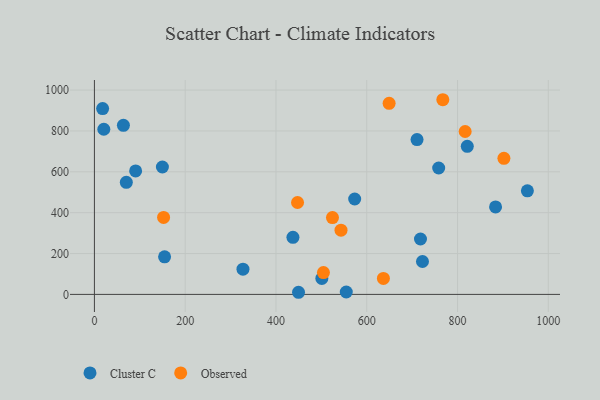
{"axis": {"x": "Distance", "y": "Demand"}, "legend": ["Cluster C", "Observed"], "data": [{"x": "70.3", "y": 548.6, "type": "Cluster C"}, {"x": "90.8", "y": 604.5, "type": "Cluster C"}, {"x": "821.5", "y": 724.7, "type": "Cluster C"}, {"x": "718.4", "y": 271.0, "type": "Cluster C"}, {"x": "953.9", "y": 506.8, "type": "Cluster C"}, {"x": "758.5", "y": 618.5, "type": "Cluster C"}, {"x": "154.6", "y": 183.9, "type": "Cluster C"}, {"x": "554.9", "y": 11.8, "type": "Cluster C"}, {"x": "437.4", "y": 279.3, "type": "Cluster C"}, {"x": "149.8", "y": 623.5, "type": "Cluster C"}, {"x": "63.9", "y": 827.2, "type": "Cluster C"}, {"x": "710.8", "y": 757.5, "type": "Cluster C"}, {"x": "20.7", "y": 808.1, "type": "Cluster C"}, {"x": "573.4", "y": 466.9, "type": "Cluster C"}, {"x": "18.1", "y": 909.4, "type": "Cluster C"}, {"x": "449.7", "y": 10.4, "type": "Cluster C"}, {"x": "722.8", "y": 160.9, "type": "Cluster C"}, {"x": "501.1", "y": 78.1, "type": "Cluster C"}, {"x": "327.3", "y": 123.4, "type": "Cluster C"}, {"x": "883.8", "y": 428.2, "type": "Cluster C"}, {"x": "636.7", "y": 78.4, "type": "Observed"}, {"x": "543.3", "y": 314.5, "type": "Observed"}, {"x": "902.2", "y": 665.8, "type": "Observed"}, {"x": "504.6", "y": 106.7, "type": "Observed"}, {"x": "152.4", "y": 376.7, "type": "Observed"}, {"x": "767.6", "y": 952.7, "type": "Observed"}, {"x": "816.8", "y": 797.1, "type": "Observed"}, {"x": "447.5", "y": 449.8, "type": "Observed"}, {"x": "649.3", "y": 935.0, "type": "Observed"}, {"x": "524.5", "y": 375.8, "type": "Observed"}]}